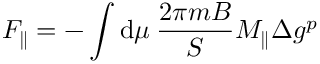
F _ { \parallel } = - \int \mathrm { d } \mu \: \frac { 2 \pi m B } { S } M _ { \parallel } \Delta g ^ { p }